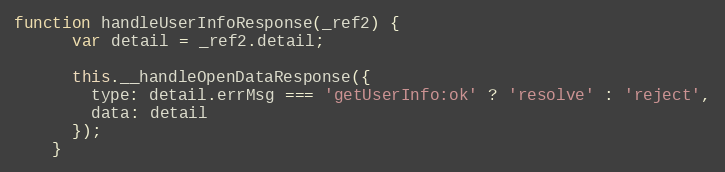
Language: JavaScript
function handleUserInfoResponse(_ref2) {
      var detail = _ref2.detail;

      this.__handleOpenDataResponse({
        type: detail.errMsg === 'getUserInfo:ok' ? 'resolve' : 'reject',
        data: detail
      });
    }